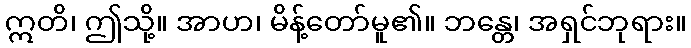
ဣတိ၊ ဤသို့။ အာဟ၊ မိန့်တော်မူ၏။ ဘန္တေ၊ အရှင်ဘုရား။